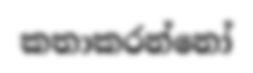
කතාකරන්නෝ